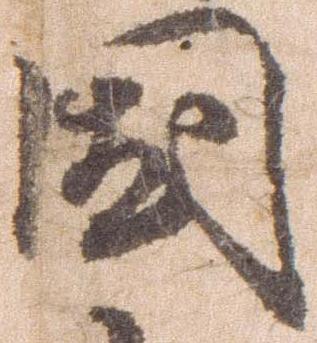
国